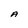
Character: A